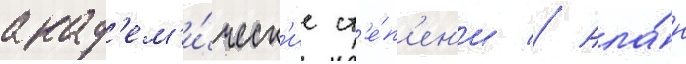
акад'ем'и́ческ'ие ст'е́п'ен'и // Ала́н